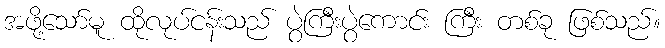
အဖို့သော်မူ ထိုလုပ်ငန်းသည် ပွဲကြီးပွဲကောင်း ကြီး တစ်ခု ဖြစ်သည်။